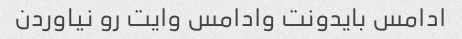
ادامس بایدونت وادامس وایت رو نیاوردن